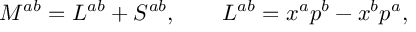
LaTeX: M ^ { a b } = L ^ { a b } + { \cal S } ^ { a b } , \qquad L ^ { a b } = x ^ { a } p ^ { b } - x ^ { b } p ^ { a } ,